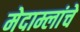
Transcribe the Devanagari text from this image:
मेदाम्लांचे